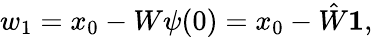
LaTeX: \begin{array}{r}{w_{1}=x_{0}-W\psi(0)=x_{0}-\hat{W}\boldsymbol{1},}\end{array}